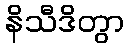
နိသီဒိတွာ